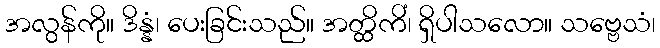
အလွန်ကို။ ဒိန္နံ၊ ပေးခြင်းသည်။ အတ္ထိကိံ၊ ရှိပါသလော။ သဗ္ဗေသံ၊